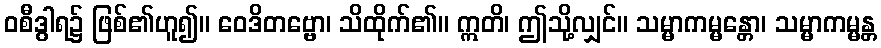
ဝစီဒွါရ၌ ဖြစ်၏ဟူ၍။ ဝေဒိတဗ္ဗော၊ သိထိုက်၏။ ဣတိ၊ ဤသို့လျှင်။ သမ္မာကမ္မန္တော၊ သမ္မာကမ္မန္တ